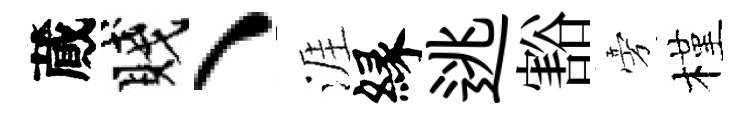
蕆賤、涯縁逃豁旁槿